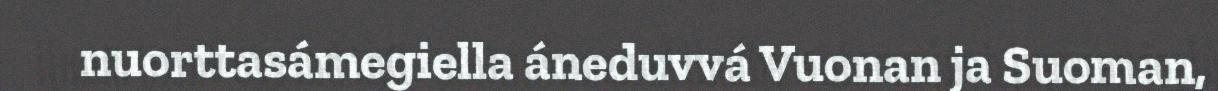
nuorttasámegiella áneduvvá Vuonan ja Suoman,